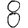
Digit: 8